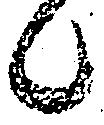
候